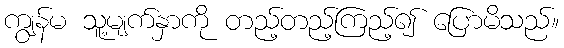
ကျွန်မ သူ့မျက်နှာကို တည့်တည့်ကြည့်၍ ပြောမိသည်။